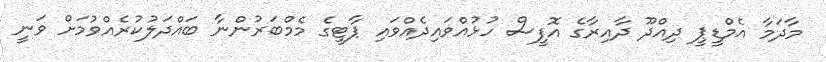
މާދަމާ އެމްޑީޕީ ދިއްދޫ ދާއިރާގެ އޮފީސް ހުޅުއްވައިދެއްވައި ޕާޓީގެ މެމްބަރުންނާ ބައްދަލުކުރެއްވުމަށް ވަނީ